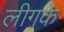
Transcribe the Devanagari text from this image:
लीगके